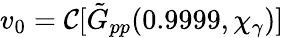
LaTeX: v_{0}=\mathcal{C}[\tilde{G}_{pp}(0.9999,\chi_{\gamma})]